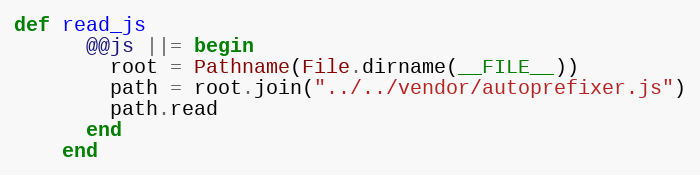
Language: Ruby
def read_js
      @@js ||= begin
        root = Pathname(File.dirname(__FILE__))
        path = root.join("../../vendor/autoprefixer.js")
        path.read
      end
    end